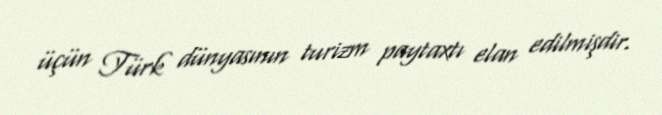
üçün Türk dünyasının turizm paytaxtı elan edilmişdir.